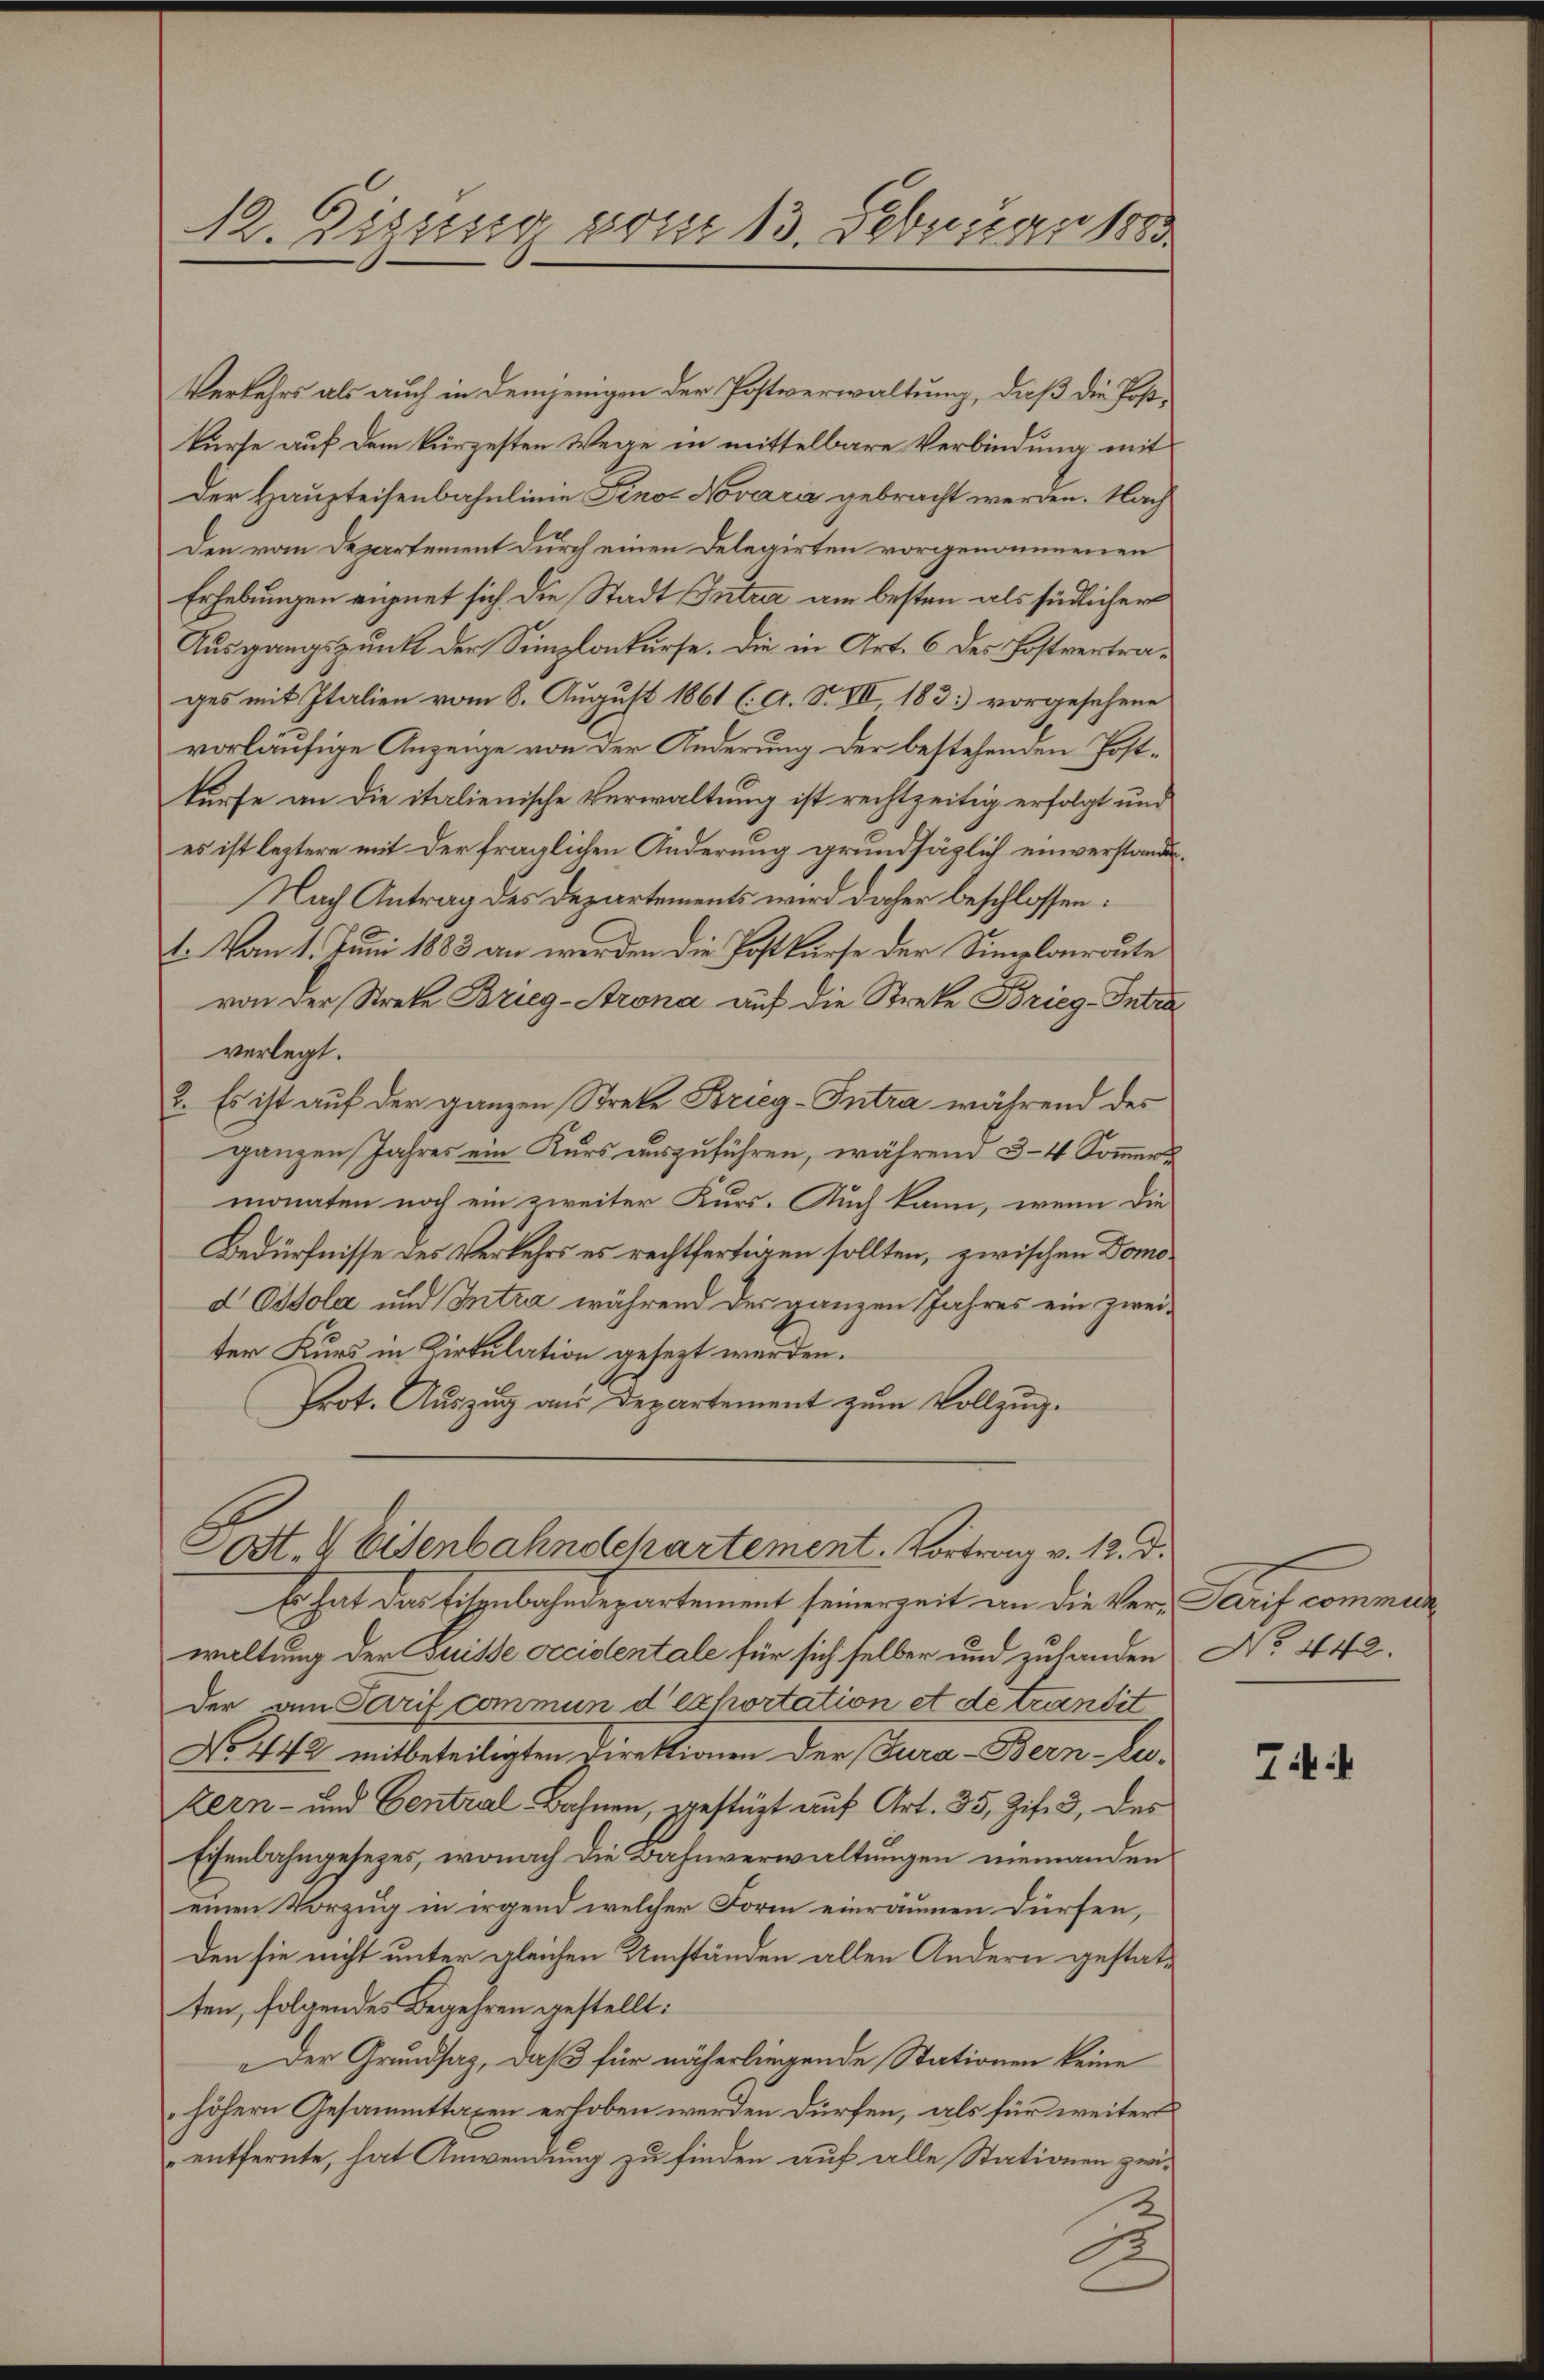
12. Digung vom 13. Februar 1880

Verkehrs als auch in demjenigen der Postverwaltung, daß die Postkurse auf dem kürzesten Wege in mittelbare Verbindung mit
Der Haupteisenbahnlinie Fino Novaria gebracht werden. Nach
Den vom Departement durch einen Delegirten vorgenommenen
Erhebungen eignet sich die Stadt Intra am besten als sindlicher
Ausgangspunkt der Simplonkurse. Die in Art. 6 des Postvertrages mit Italien vom 8. August 1861 (: A. S. VII, 183) vorgesehene
vorläufige Anzeige von der Änderung der bestehenden Postkürfe an die italienische Verwaltung ist rechtzeitig erfolgt und
es ist leztere mit der fraglichen Änderung grundsätzlich einverstande
Nach Antrag des Departements wird daher beschlossen:
1. Von 1. Juni 1883 an werden die Postkurse der Simplonroute
von der Streke Brieg-Arona auf die Streke Brieg. Intra
verlegt.
2. Es ist auf der ganzen Streke Krieg-Intra während des
ganzen Jahres ein Kurs auszuführen, während 3-4 Sommers
monaten noch ein zweiter Kurs. Auch kann, wenn die
Bedürfnisse des Verkehrs es rechtfertigen sollten, zwischen Domod Ottola und Intra während des ganzen Jahres ein zwei-
ter Kurs in Kirkulation gesezt werden.
Prot. Auszug aus Departement zum Vollzug.

Sost. 4 Eisenbahndepartement. Vortrag v. 12. d.
0

Er hat der Eisenbahndepartement seinerzeit an die Ver-Tarif commer
waltung der Suisse Accidentale für sich selber und zuhanden No. 442.
der am Sarif commun d exhortation et de transit
No 442 mitbeteiligten Direktionen der Jura-Bern Zu-
zern- und Central Bahnen, gestüzt auf Art. 35, Zif. 3, des
Eisenbahngesezes, wonach die Bahnverwaltungen niemanden
einen Vorzug in irgend welcher Form einräumen dürfen,
den sie nicht unter gleichen Umständen allen Andern gestatten, folgendes Begehren gestellt:
"Der Grundsaz, daß für näherliegende Stationen keine
höhern Gesammttaxen erhoben werden dürfen, als für weiter
entfernte, hat Anwendung zu finden auf alle Stationen zwi-

Titi